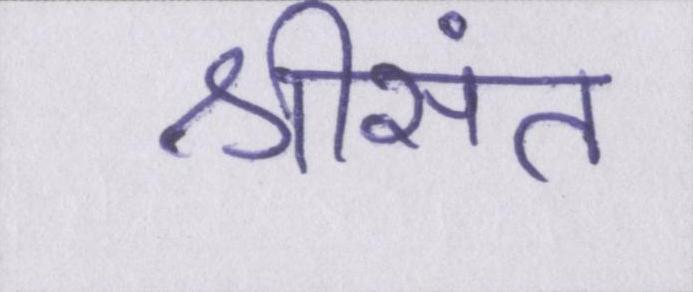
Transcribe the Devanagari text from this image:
श्रीसंत